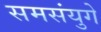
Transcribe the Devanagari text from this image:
समसंयुगे